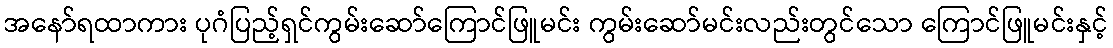
အနော်ရထာကား ပုဂံပြည့်ရှင်ကွမ်းဆော်ကြောင်ဖြူမင်း ကွမ်းဆော်မင်းလည်းတွင်သော ကြောင်ဖြူမင်းနှင့်